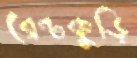
রেন্টকুড়ি